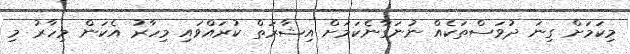
މިކަމަށް ގިނަ ދުވަސްތަކެއް ނުނަގާނެކަމަށް އިޝާރަތް ކުރައްވައި މިހާރު އެކަން މިހާރު މި